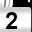
Digit: 2